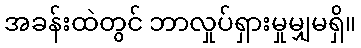
အခန်းထဲတွင် ဘာလှုပ်ရှားမှုမျှမရှိ။